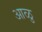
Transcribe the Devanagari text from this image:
आळु